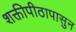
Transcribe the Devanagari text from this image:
शक्तीपीठापासुन